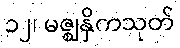
၁၂၊ မဇ္ဈနှိကသုတ်